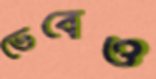
ভেবেও